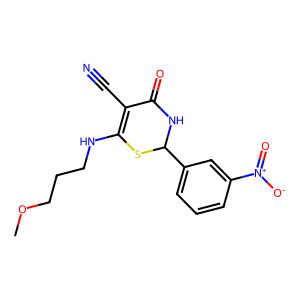
SMILES: COCCCNC1=C(C#N)C(=O)NC(c2cccc([N+](=O)[O-])c2)S1
Inhibits HIV replication: No